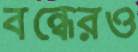
বন্ধেরও